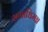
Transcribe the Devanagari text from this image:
समाधिमग्न